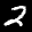
Digit: 2